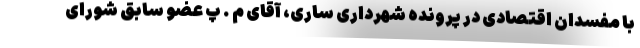
با مفسدان اقتصادی در پرونده شهرداری ساری، آقای م . پ عضو سابق شورای